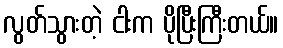
လွတ်သွားတဲ့ ငါးက ပိုပြီးကြီးတယ်။